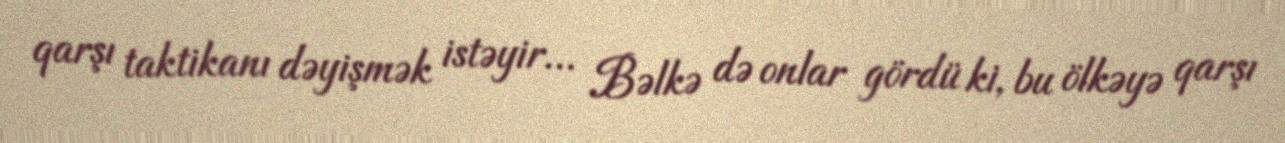
qarşı taktikanı dəyişmək istəyir... Bəlkə də onlar gördü ki, bu ölkəyə qarşı